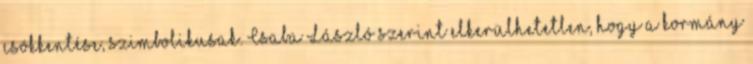
csökkentése, szimbolikusak. Csaba László szerint elkerülhetetlen, hogy a kormány